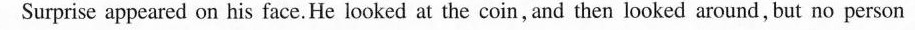
Surprise appeared on his face.He looked at the coin, and then looked around, but no person